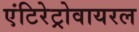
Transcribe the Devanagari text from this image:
एंटिरेट्रोवायरल